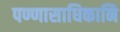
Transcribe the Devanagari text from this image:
पण्णासाधिकानि